Civil Veterinary Dept. Bombay admin report 1914-1922 - 1914-1922
Year: 1914
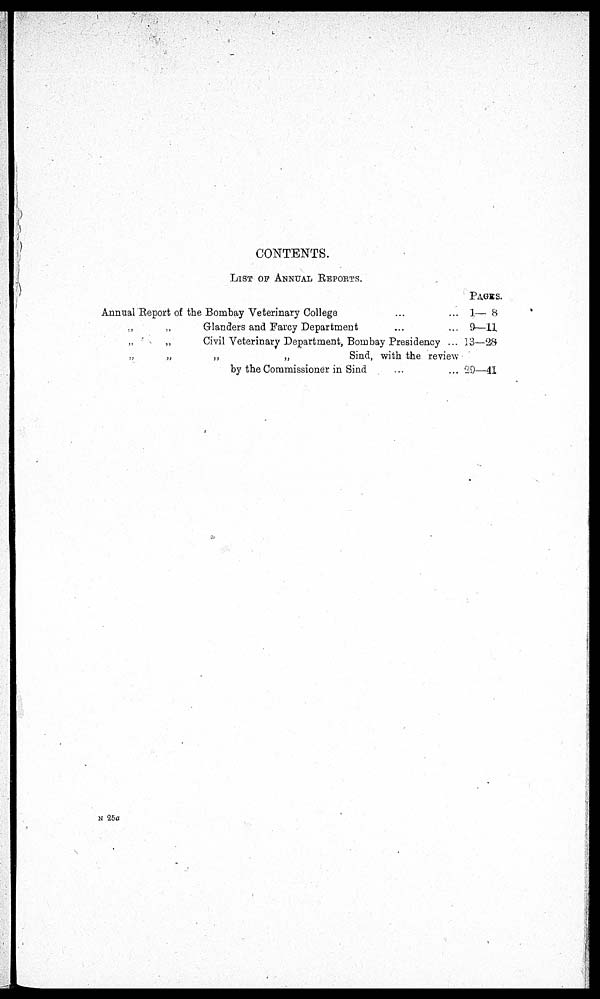
CONTENTS.
LIST OF ANNUAL REPORTS.
Annual Report of the Bombay Veterinary College … ...
„ „ Glanders and Farcy Department … ...
„ „ Civil Veterinary Department, Bombay Presidency ...
„ „ „ „ Sind, with the review
by the Commissioner in Sind … ...
PAGES.
1— 8
9—11
13—28
29—41
N 25a